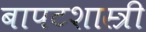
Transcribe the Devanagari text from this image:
बापटशास्त्री